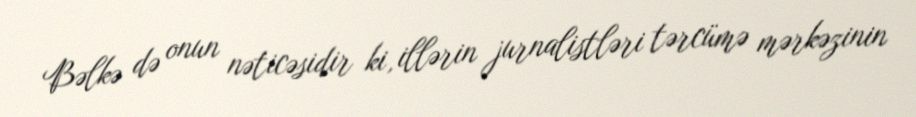
Bəlkə də onun nəticəsidir ki, illərin jurnalistləri tərcümə mərkəzinin